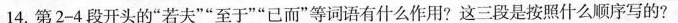
14.第2-4段开头的”若夫””至于””已而”等词语有什么作用?这三段是按照什么顺序写的?